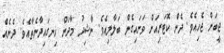
ޖީބަށް ޖެހިއެވެ. ދެން ކޮޓަރިއަށް ވަށައިގެން ބަލާލިއެވެ. ނާޝިދު މާދަން ހިނގައިދާނެތާއެވެ. ދެނެއް